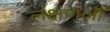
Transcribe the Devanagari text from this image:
लक्षणऑं